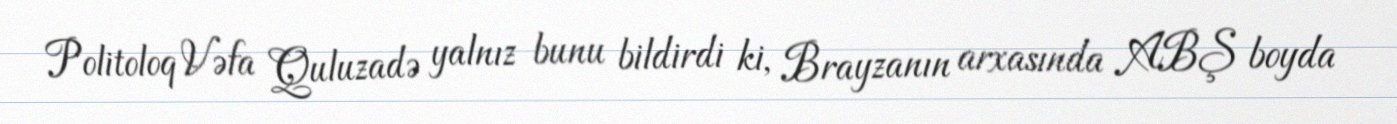
Politoloq Vəfa Quluzadə yalnız bunu bildirdi ki, Brayzanın arxasında ABŞ boyda